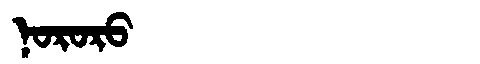
Manchu: ᠨᠣᡵᠣᡵᠣ
Romanization: NORORO